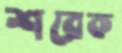
শরেক